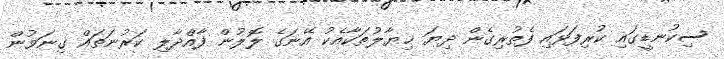
ސިކުނޑީގައި ކުރިފަޅައި ފެތުރިގެން ދިޔަ ޚިޔާލުތަކާއެކު އޭނަގެ ލޮލުން ފާއްދާލި ކަރުނަތައް ގިނަވުން